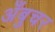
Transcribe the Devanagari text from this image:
अँबुचर